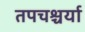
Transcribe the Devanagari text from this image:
तपचश्चर्या